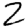
Digit: 2